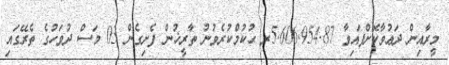
މީރާއިން ދަޢުވާކޮށްފައިވާ 5